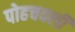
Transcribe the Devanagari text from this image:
पोहचवली